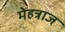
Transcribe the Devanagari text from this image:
मेहत्राज